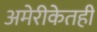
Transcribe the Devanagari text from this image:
अमेरीकेतही